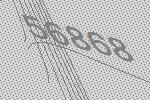
56868